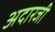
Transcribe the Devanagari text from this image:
अदारजी